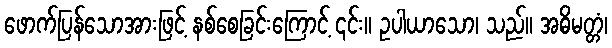
ဖောက်ပြန်သောအားဖြင့် နစ်စေခြင်းကြောင့် ၎င်း။ ဥပါယာသော၊ သည်။ အဓိမတ္တံ၊